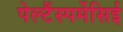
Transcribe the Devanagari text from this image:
पेल्टैंस्पर्मेसिई